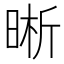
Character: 晰